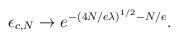
LaTeX: \begin{align*}\epsilon_{c,N} \rightarrow e^{- \left( 4 N / e \lambda \right)^{1/2} - N / e}.\end{align*}